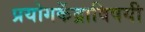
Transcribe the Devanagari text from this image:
प्रयोगकेंद्राविषयी